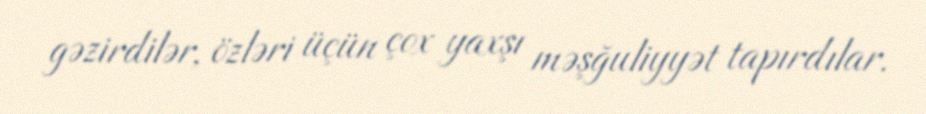
gəzirdilər, özləri üçün çox yaxşı məşğuliyyət tapırdılar.